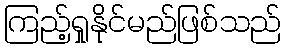
ကြည့်ရှုနိုင်မည်ဖြစ်သည်